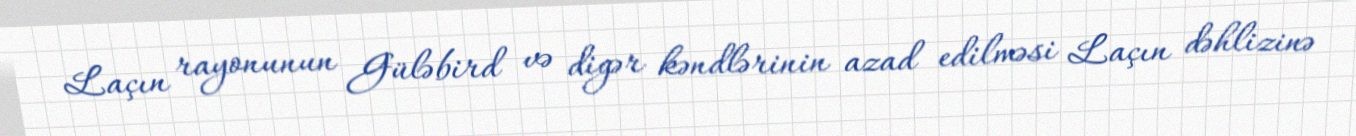
Laçın rayonunun Güləbird və digər kəndlərinin azad edilməsi Laçın dəhlizinə